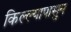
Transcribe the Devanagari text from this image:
किल्ल्यापासुन